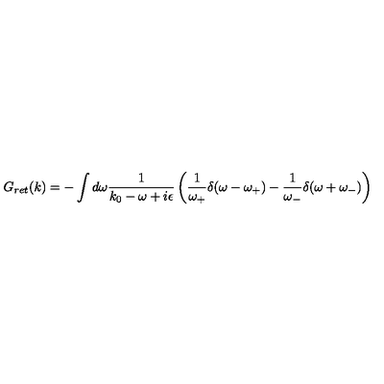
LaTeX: G _ { r e t } ( k ) = - \int d \omega \frac { 1 } { k _ { 0 } - \omega + i \epsilon } \left( \frac { 1 } { \omega _ { + } } \delta ( \omega - \omega _ { + } ) - \frac { 1 } { \omega _ { - } } \delta ( \omega + \omega _ { - } ) \right)